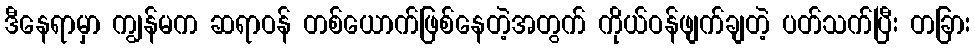
ဒီနေရာမှာ ကျွန်မက ဆရာဝန် တစ်ယောက်ဖြစ်နေတဲ့အတွက် ကိုယ်ဝန်ဖျက်ချတဲ့ ပတ်သက်ပြီး တခြား